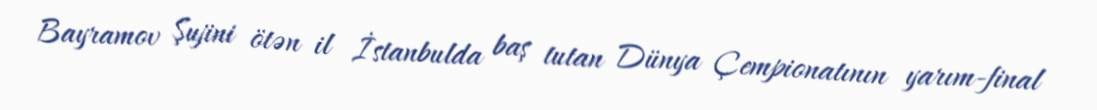
Bayramov Şujini ötən il İstanbulda baş tutan Dünya Çempionatının yarım-final